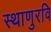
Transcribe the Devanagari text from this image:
स्थाणुरवि